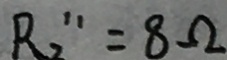
R _ { 2 } ^ { \prime \prime } = 8 \Omega